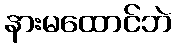
နားမထောင်ဘဲ